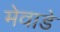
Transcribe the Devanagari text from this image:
मेवाडे